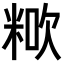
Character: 𥺏